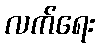
လက်ရေး